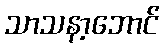
သာသနာ့ဘောင်